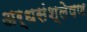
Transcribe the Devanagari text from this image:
अर्धसंश्लेषण